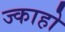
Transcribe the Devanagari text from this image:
ज्काहो